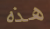
هذه